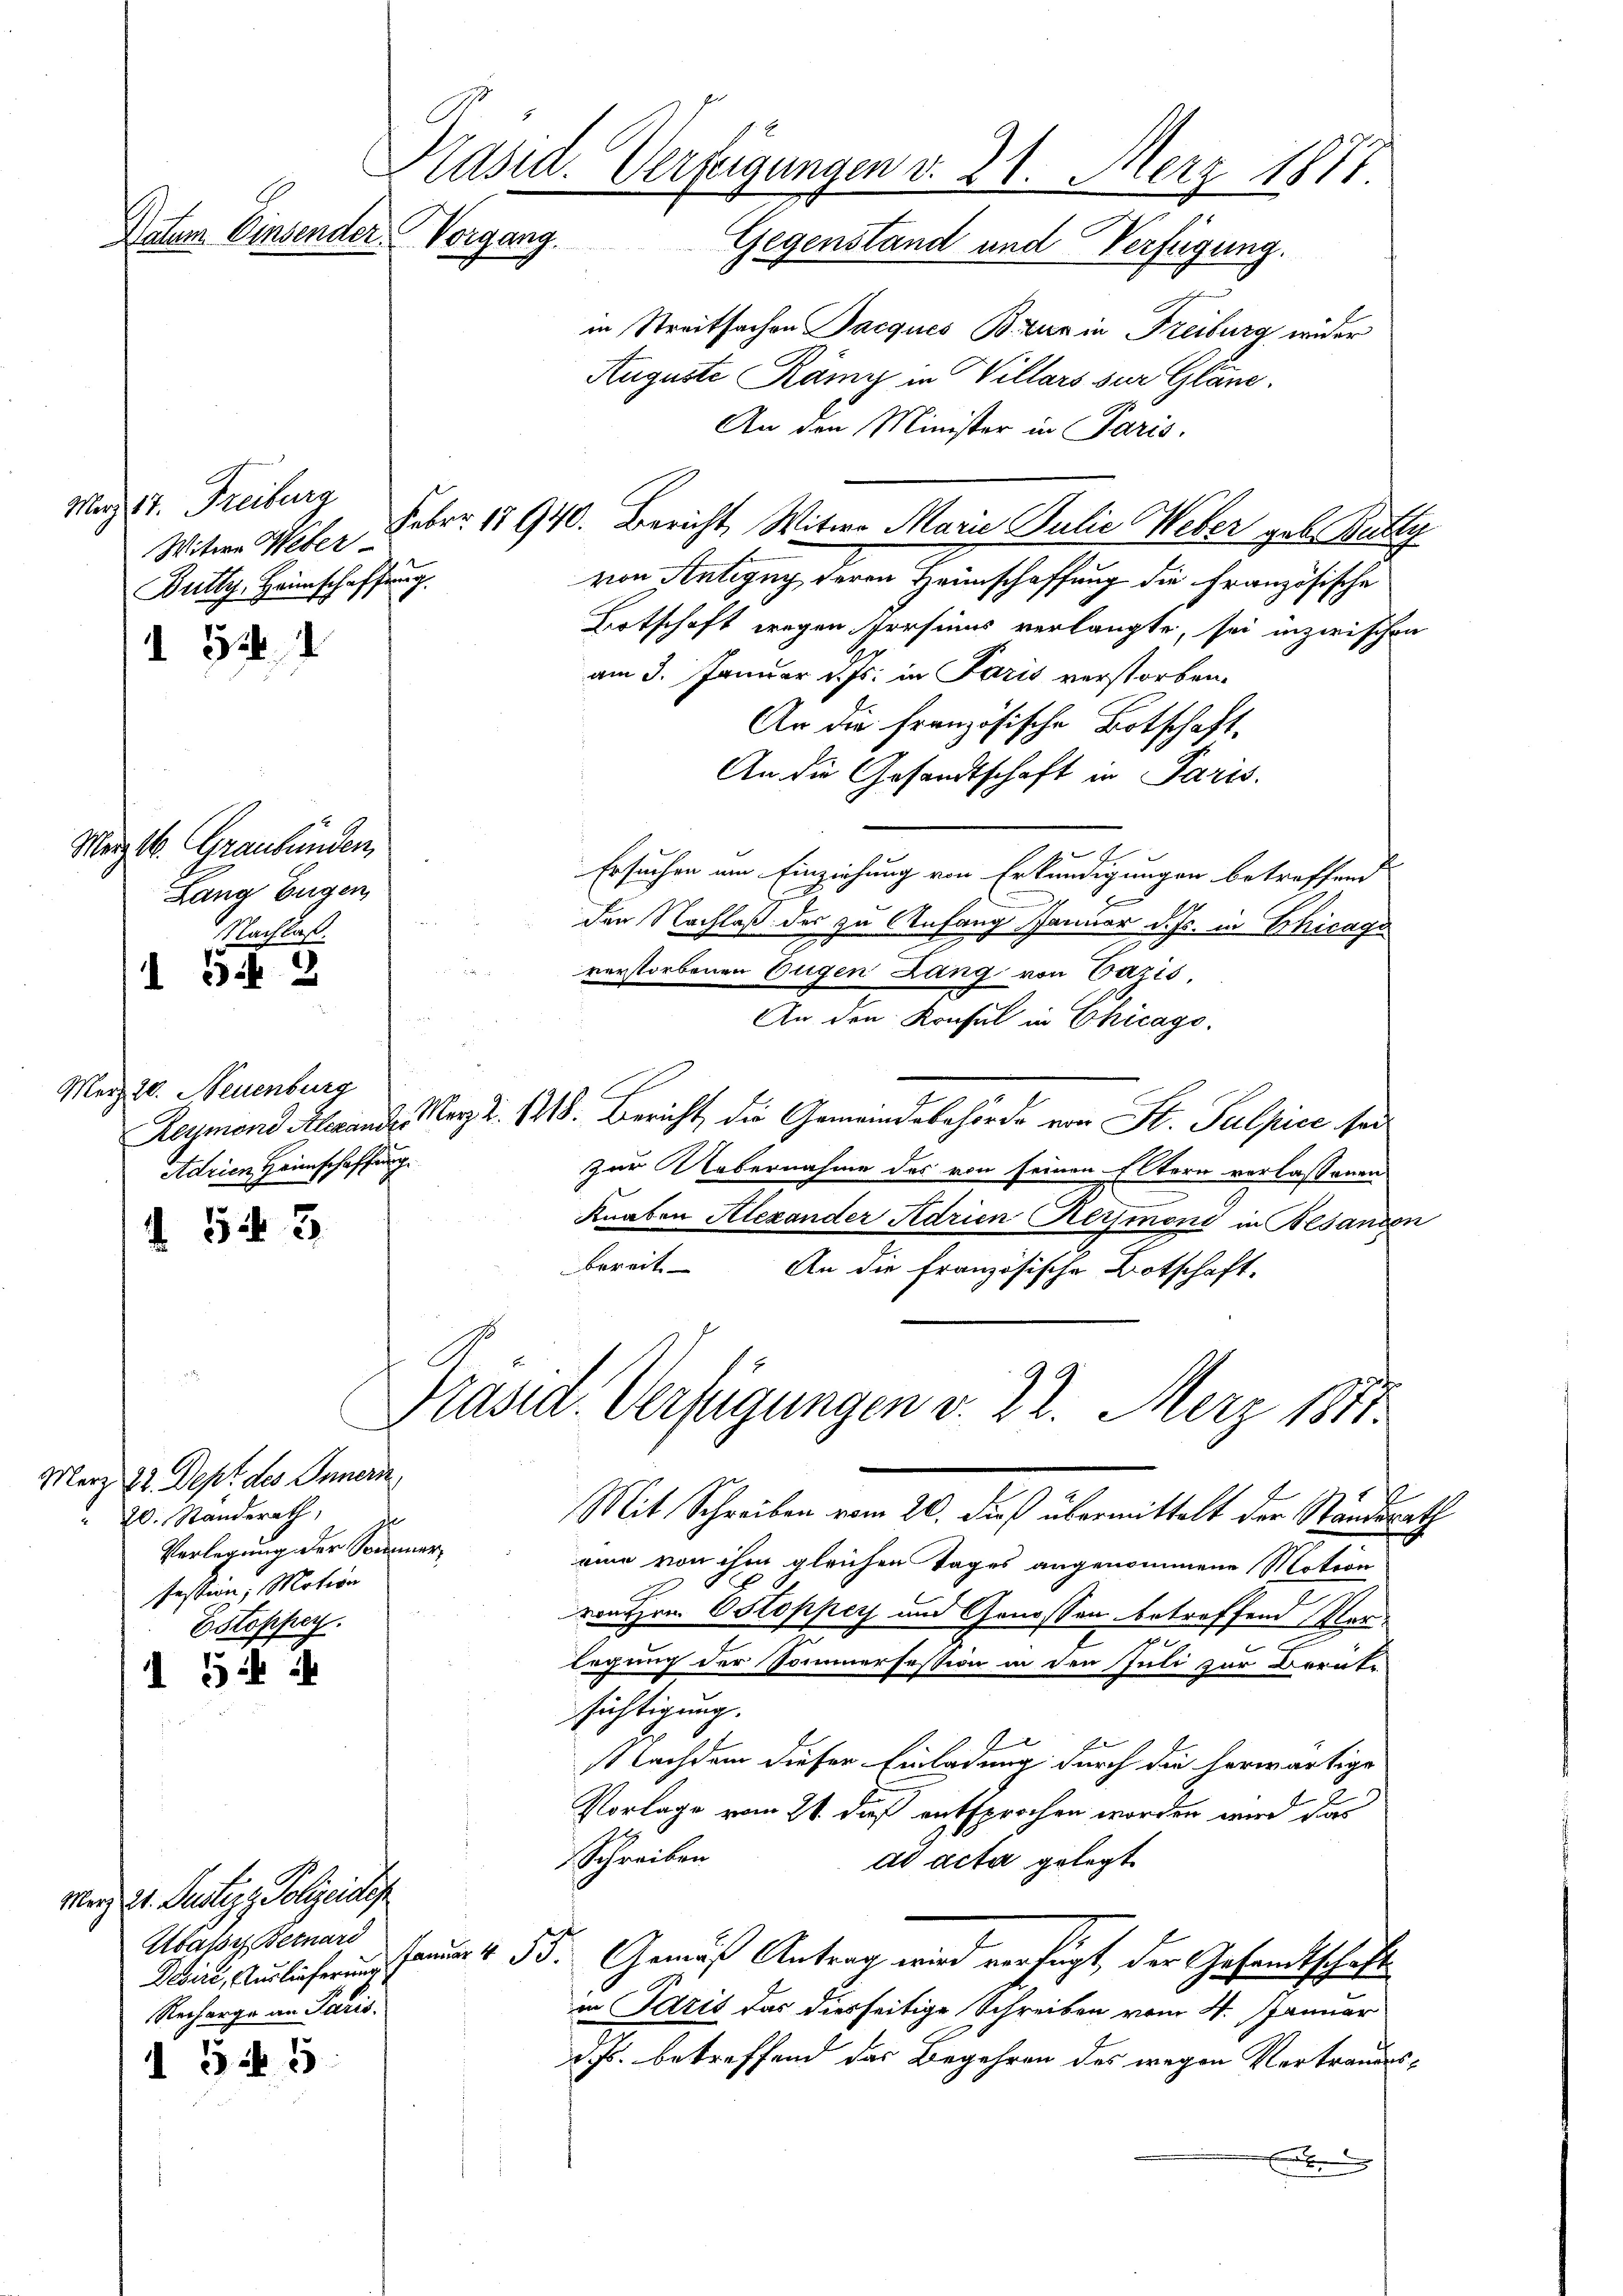
Merz 17. Freiburg
Witwe Weber
Bully, Heimschaffung.

Präsid. Verfügungen v. 21. März 1877
Datem Einsender Vorgang.
Gegenstand und Verfügung.

März 1. Graubünden,
Lang Eugen,
Nachlaß.

d 321

I S. 2

f. 52. 3.

I 5

in Streitsachen Pacques Brua in Freiburg wider
Auguste Rämy in Villars sur Gläne.
An den Minister in Paris.
Feber 17940. Bericht, Witwe Marie Julie Weber geb. Balty
von Antigny, deren Heimschaffung die Französische
Botschaft wegen Persinns verlangte, sei inzwischen
am 3. Januar d. Js. in Paris verstorben.
An die französische Botschaft.
An die Gesandtschaft in Paris.
Ersuchen um Einziehung von Erkundigungen betreffend
den Nachlaß des zu Anfang Januar d. Js. in Chicag
.
verstorbenen Eugen Lang von Bazis
An den Konsul in Chicago
Reymond Alexande, Merz Z. 1218. Bericht, die Gemeindebehörde von St. Pulpice sei
zur Uebernahme des von seinen Eltern verlassenen
e
Knaben Alexander Adrien Reimoni in Besanden
bereit. An die französische Botschaft-
Präsid. Verfügungen v. 22. Merz 1877

Merz 20. Neuenburg
Adrian Heimschaffung

Merz 22. Dept. des Innern
 20. Ständerath,
Verlegung der Sommer
fession; Motion
Estopfer.

Merz 21. Justiz z. Polizeidis
Kassiz Getnard
Recharge an Paris.
I 5 § 5

Mit Schreiben vom 20. dieß übermittelt der Standsrath
eine von ihm gleichen Tages angenommene Notion
ron Hrn. Ostoppey und Genossen betreffend Verlegung der Pommerfession in den Juli zur Berük-
sichtigung.
Nachdem dieser Einladung durch die herwärtige
Vorlage vom 21. daß entsprochen worden wird das
Schreiben
dd acta gelegt.
bin, Auslicher am 4. 5. Gemäß Antrag wird verfügt, der Gesandtschaft
in Paris das diesseitige Schreiben vom 4. Januar
d. Js. betreffend das Begehren des wegen Vertraudesf